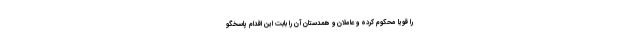
را قویا محکوم کرده و عاملان و همدستان آن‌ را بابت این اقدام پاسخگو